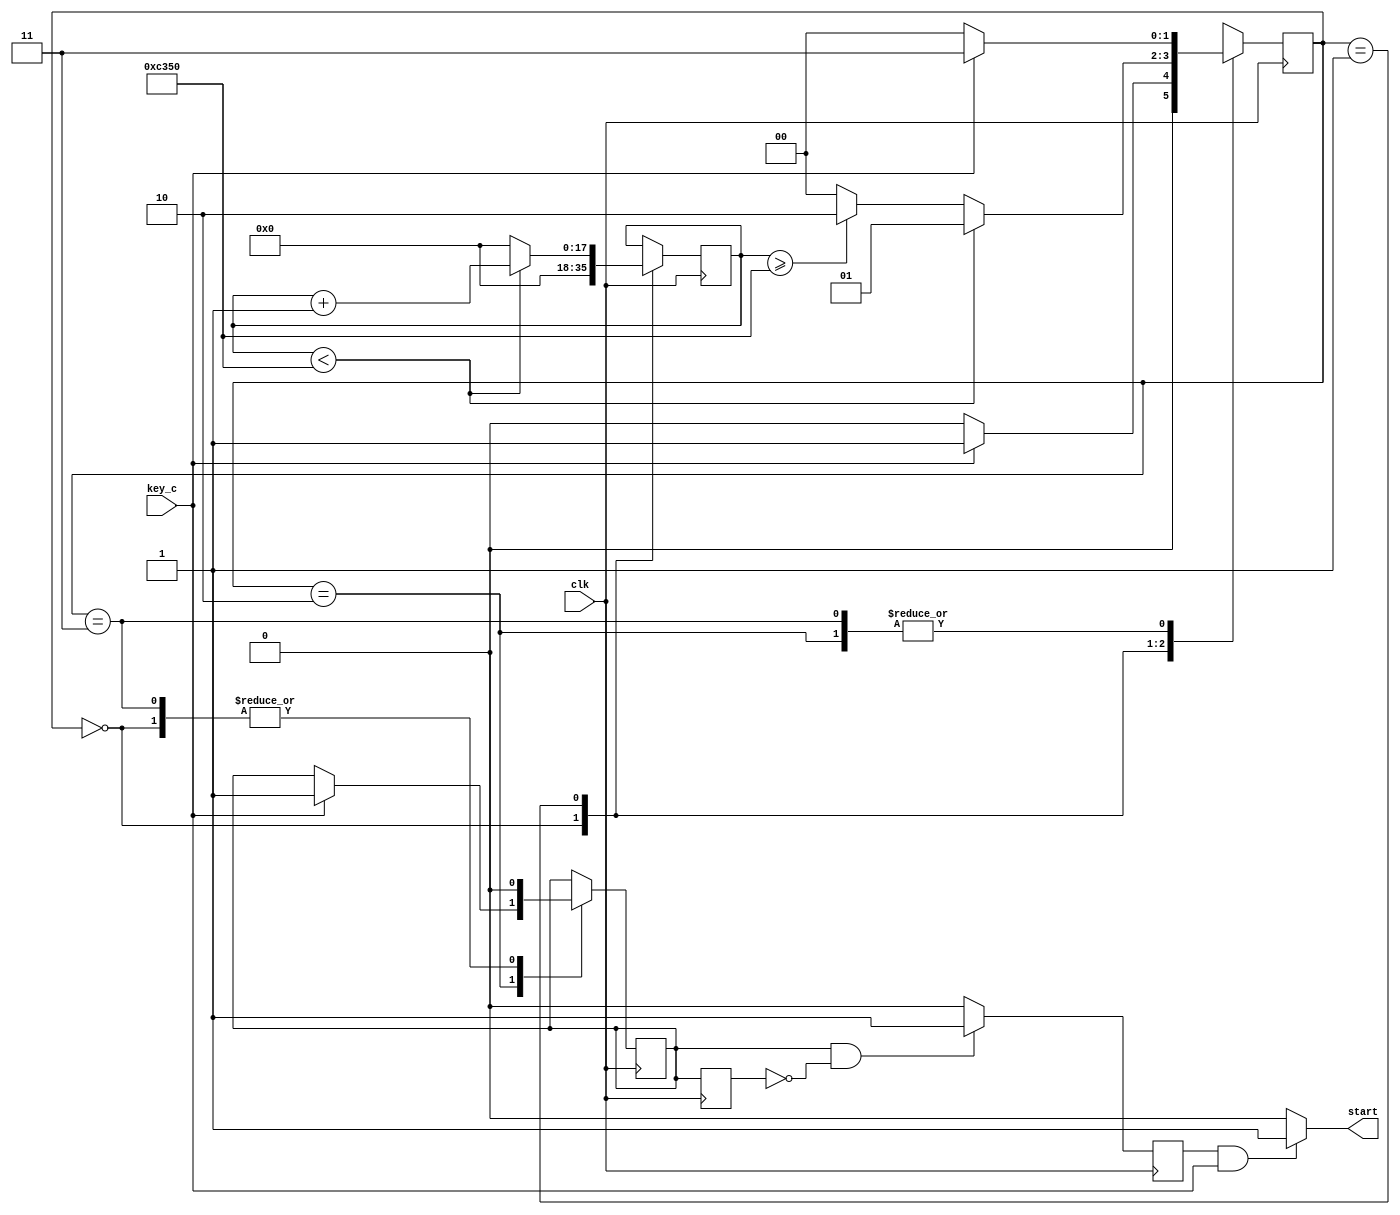
module buttons (
                            input clk, //100M
							input  key_c,     //start
							//input  key_right,  //change
							
							output start
							//output change
							);
							
							reg [17:0] cnt_c;                          						
		                    reg en,enable;
							reg en0;
							reg [1:0] state;
							
                        parameter  waiting=0;
						parameter  setup=1;
						parameter  send=2;
						parameter  released=3;
						
				always @ (posedge clk)
				    begin
					   state<=waiting;
                      case(state)
					     waiting: begin 
									//if(key_c || key_right )
									if(key_c )
						               begin 
							              state<=setup;
                                          cnt_c<=0;
										  en<=0;
									   end
									   else 
									      begin
										     state<=waiting;
											 cnt_c<=0;
											 en<=0;
										   end
							            end			   
						setup:      begin  
									if(cnt_c<50000)
						                 begin
										  cnt_c<=cnt_c+1;
										  state<=setup;
									     end
								    else if(cnt_c>=50000)
									       begin
										     cnt_c<=0;
											 state<=send;
										   end
								    else
									       begin
										      cnt_c<=0;
											  state<=waiting;
											end
									end
						send:     begin 
									//if(key_c || key_right )
									if(key_c )
						                begin
										   en<=1;
										   state<=released;
										end
								     else                                    
                                           state<=waiting;								
									end
									
						released: begin
									//if(!(key_c || key_right ))	
									if( !key_c )										
                                        begin
                                           en<=0;
										   state<=waiting;
										 end
									  else
									      begin
									        state<=released;
										    en<=0;
										  end
									end
						endcase
					end
		
      always @ (posedge clk)
	       begin
		      en0<=en;
		   end
		 
		always @ (posedge clk)  //en
		     begin
			    if((en==1)&&(en0==0))
				    enable<=1;
			    else 
				    enable<=0;
			 end
		
	   //
	   assign  start=(enable && key_c)?1:0;
	   //assign  change=(enable && key_right)?1:0;
	   
	   endmodule